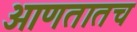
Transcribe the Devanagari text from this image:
आणतातच